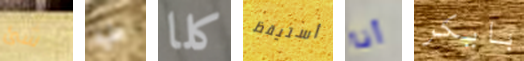
شئ عليه كلا أستيقظ أنا بايكر